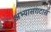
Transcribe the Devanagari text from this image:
अभ्यासगटास